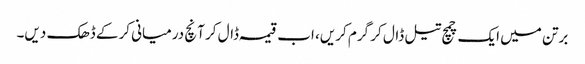
برتن میں ایک چمچ تیل ڈال کر گرم کریں، اب قیمہ ڈال کر آنچ درمیانی کرکے ڈھک دیں۔